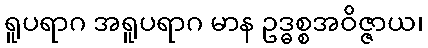
ရူပရာဂ အရူပရာဂ မာန ဥဒ္ဓစ္စအဝိဇ္ဇာယ၊